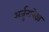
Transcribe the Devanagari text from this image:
अर्जुनापेक्षा